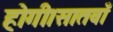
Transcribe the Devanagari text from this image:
होगी।सातवाँ